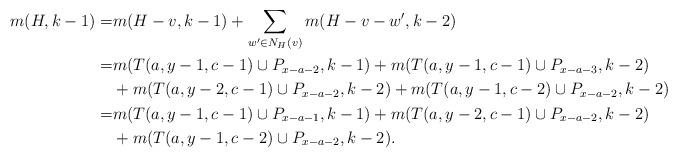
LaTeX: \begin{align*} m(H,k-1)=&m(H-v,k-1)+\sum\limits_{w'\in N_{H}(v)}m(H-v-w',k-2)\\ =&m(T(a,y-1,c-1)\cup P_{x-a-2},k-1)+m(T(a,y-1,c-1)\cup P_{x-a-3},k-2)\\ &+m(T(a,y-2,c-1)\cup P_{x-a-2},k-2)+m(T(a,y-1,c-2)\cup P_{x-a-2},k-2)\\ =&m(T(a,y-1,c-1)\cup P_{x-a-1},k-1)+m(T(a,y-2,c-1)\cup P_{x-a-2},k-2)\\ &+m(T(a,y-1,c-2)\cup P_{x-a-2},k-2).\end{align*}